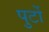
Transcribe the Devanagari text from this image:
पुर्टो